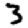
Digit: 3